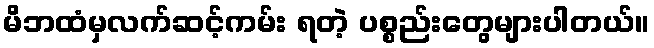
မိဘထံမှလက်ဆင့်ကမ်း ရတဲ့ ပစ္စည်းတွေများပါတယ်။